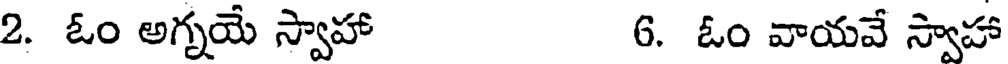
2. ఓం అగ్నయే స్వాహా 6. ఓం వాయవే స్వాహా